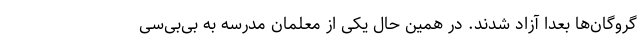
گروگان‌ها بعدا آزاد شدند. در همین حال یکی از معلمان مدرسه به بی‌بی‌سی